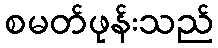
စမတ်ဖုန်းသည်